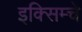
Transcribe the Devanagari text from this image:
इक्सिम्चे